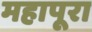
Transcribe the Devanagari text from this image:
महापूरा